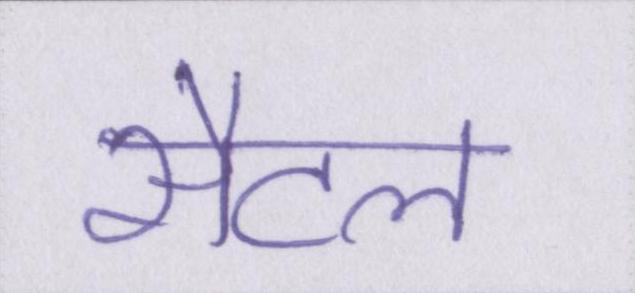
सैटल